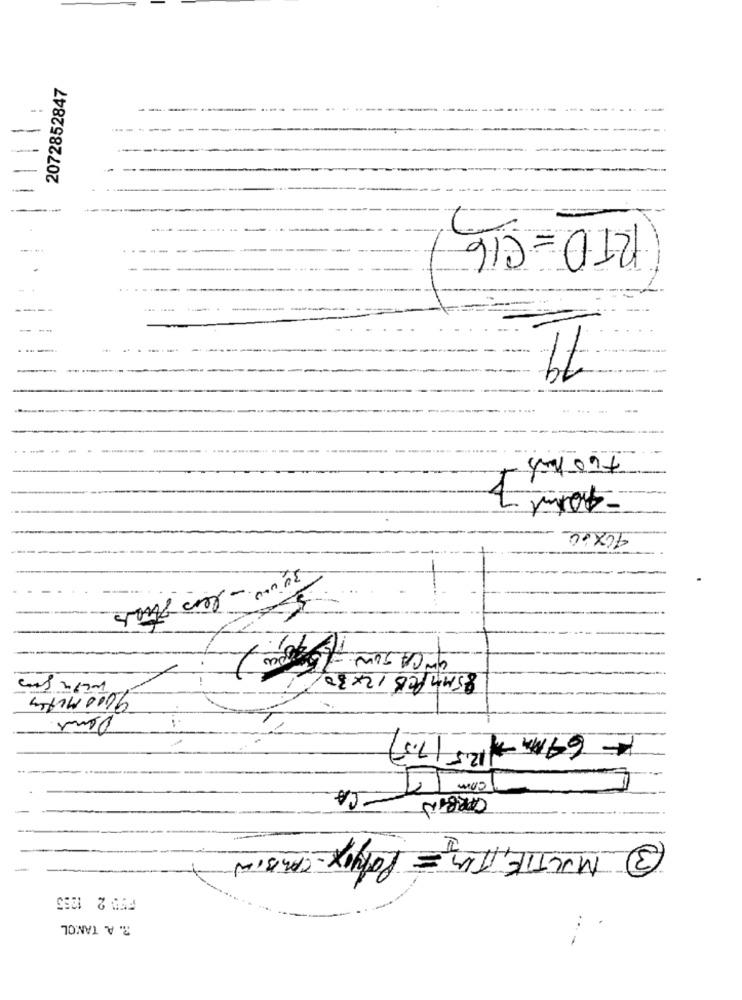
2072852847
--
2
RTD =C16
1
79.
.....
-400ml
40X00
' CASOW 401
85MMPCB 12X30/
9000 Mutiny
Dans
64MM- 12.5 17.)
com
CORBIN -CA
MUCTIE, ITU = Polyox - CASSIN
3
F5D 2 1253
R. A. TANOL